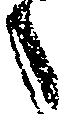
々